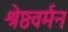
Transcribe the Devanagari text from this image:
श्रेष्ठवर्मन